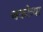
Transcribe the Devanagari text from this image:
चकोत्र्या